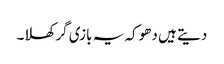
دیتے ہیں دھوکہ یہ بازی گر کھلا۔